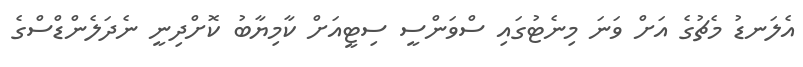
އެލަނޑު މެޗުގެ އަށް ވަނަ މިނެޓުގައި ސްވަންސީ ސިޓީއަށް ކާމިޔާބު ކޮށްދިނީ ނެދަލެންޑްސްގެ